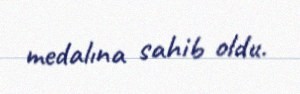
medalına sahib oldu.